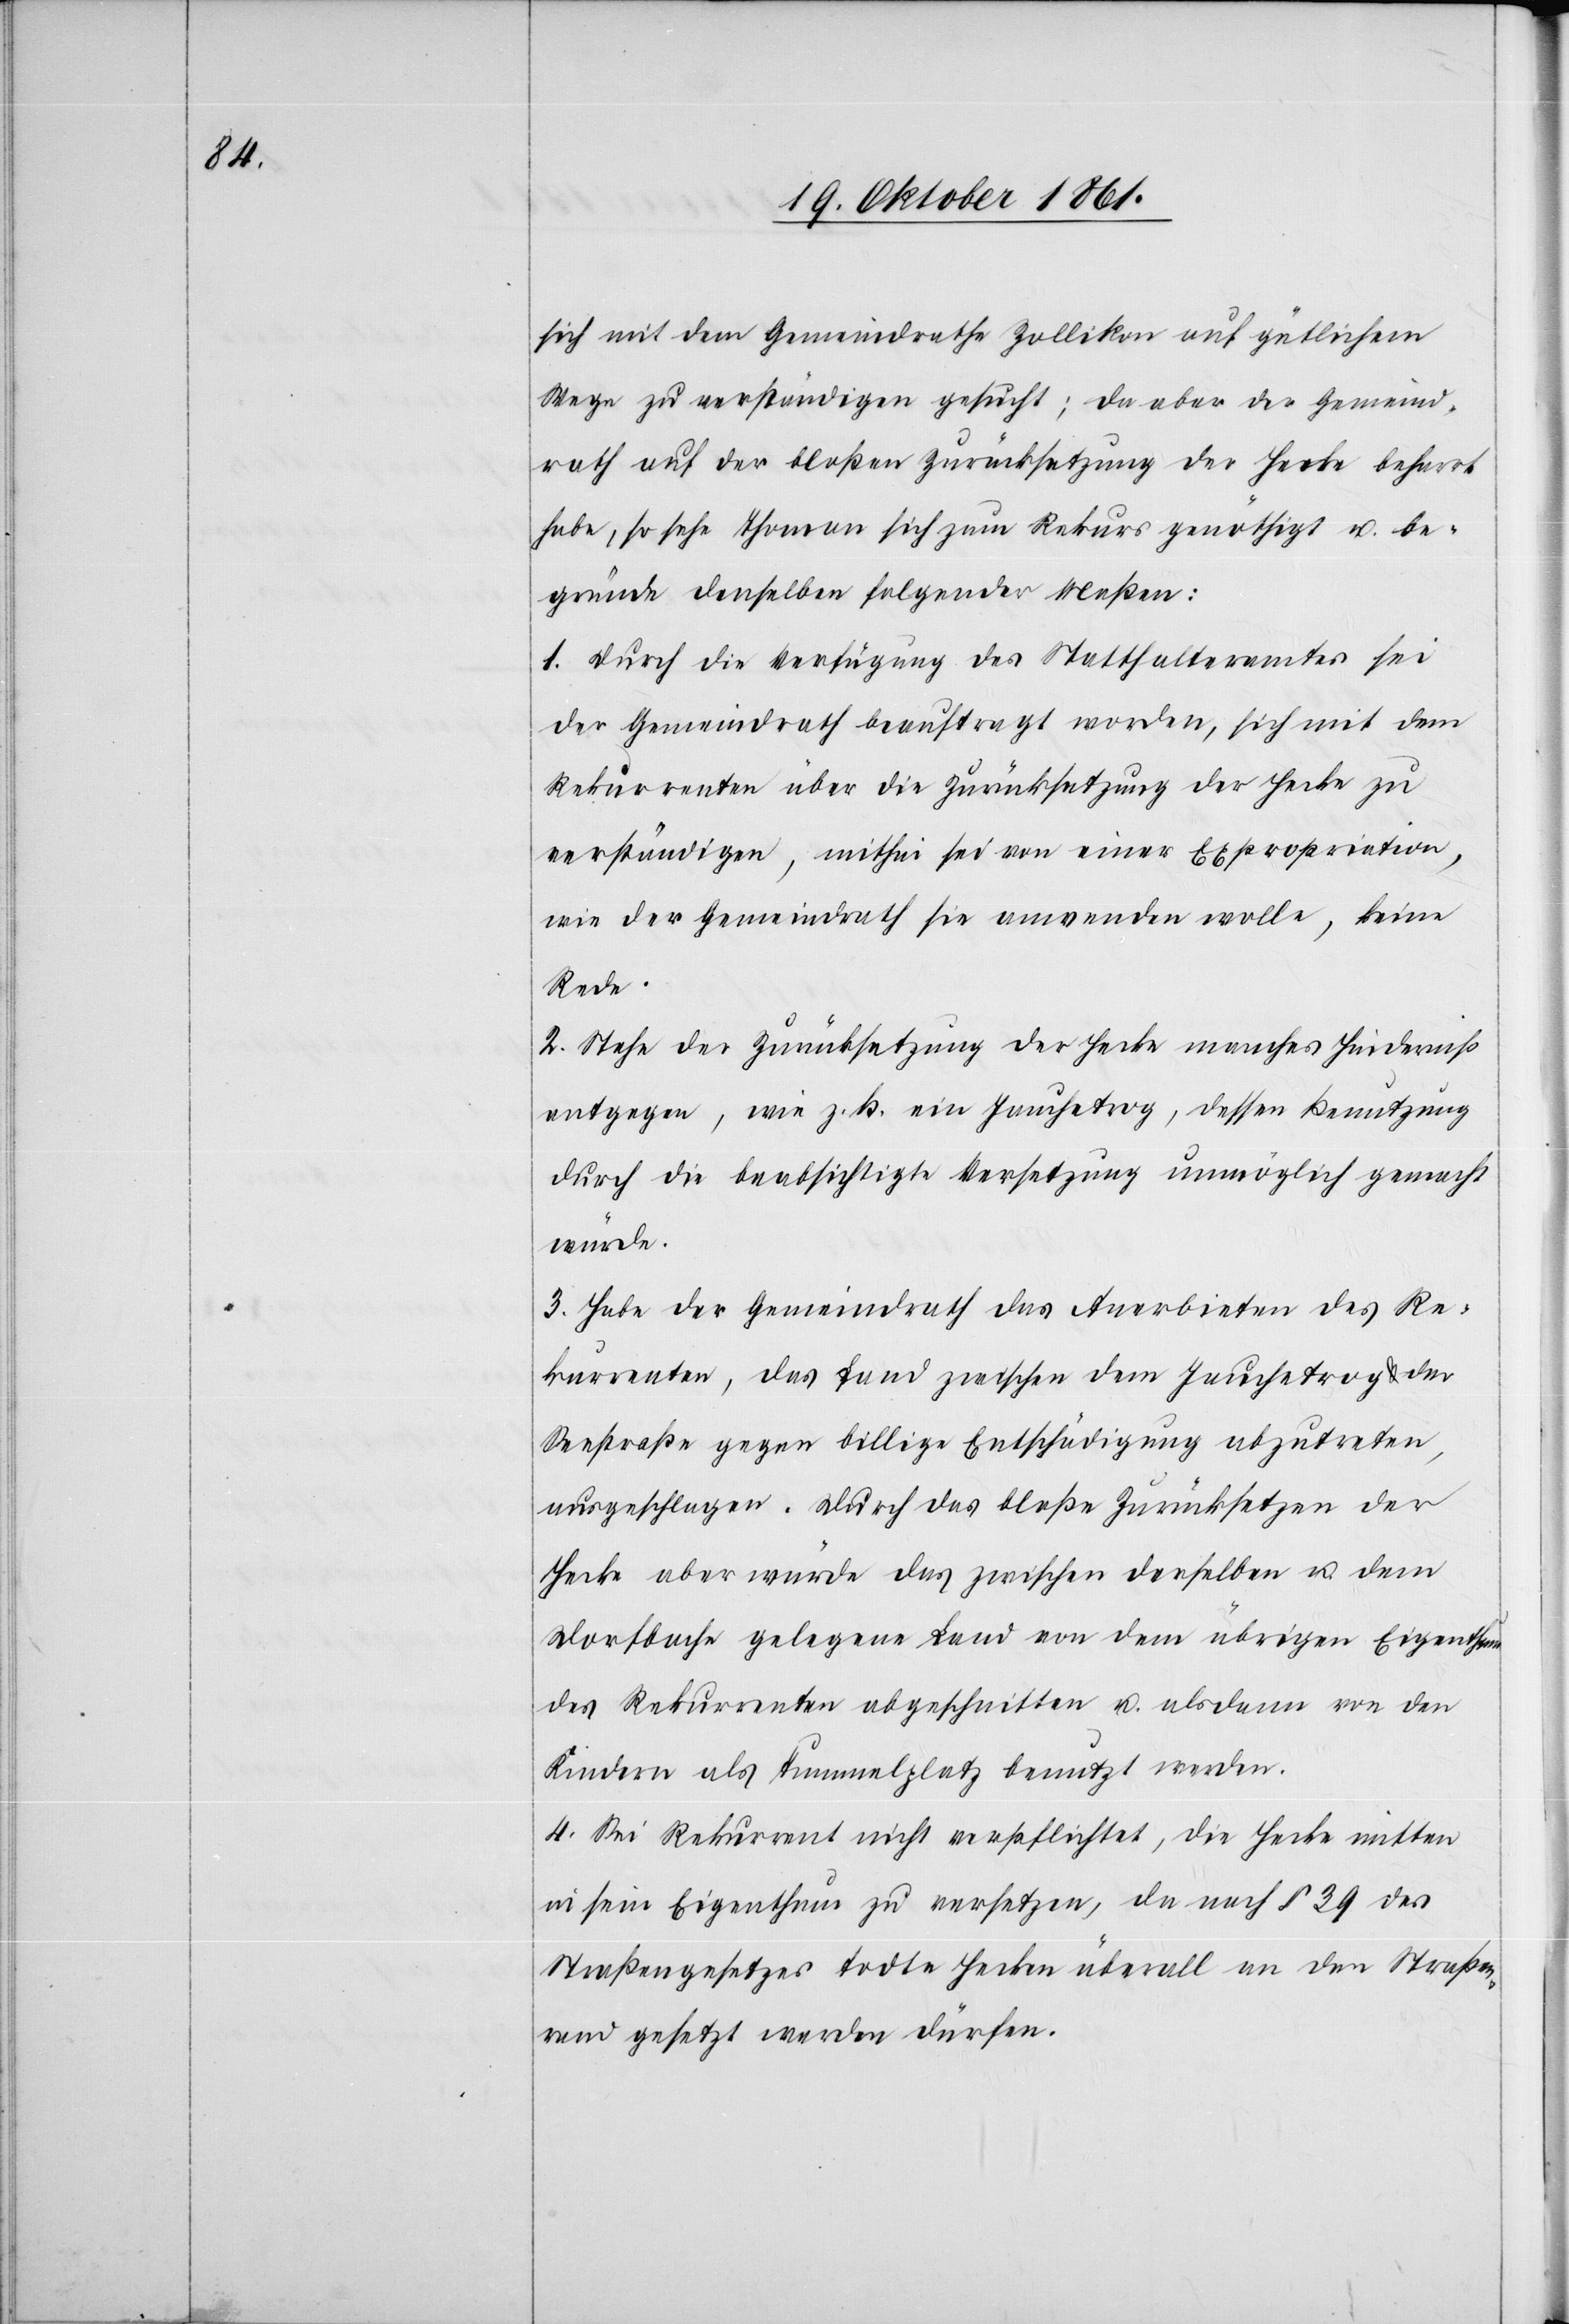
sich mit dem Gemeindrathe Zollikon auf gütlichem
Wege zu verständigen gesucht; da aber der Gemeind¬
rath auf der bloßen Zurücksetzung der Hecke beharrt
habe, so sehe Thomann sich zum Rekurs genöthigt u. be¬
gründe denselben folgender Maßen:
1. Durch die Verfügung des Statthalteramtes sei
der Gemeindrath beauftragt worden, sich mit dem
Rekurrenten über die Zurücksetzung der Hecke zu
verständigen, mithin sei von einer Expropriation,
wie der Gemeindrath sie anwenden wolle, keine
Rede.
2. Stehe der Zurücksetzung der Hecke manches Hinderniß
entgegen, wie z. B. ein Jauchetrog, dessen Benutzung
durch die beabsichtigte Versetzung unmöglich gemacht
würde.
3. Habe der Gemeindrath das Anerbieten des Re¬
kurrenten, das Land zwischen dem Jauchetrog u. der
Seestraße gegen billige Entschädigung abzutreten,
ausgeschlagen. Durch das bloße Zurücksetzen der
Hecke aber würde das zwischen derselben u. dem
Nordbache gelegene Land von dem übrigen Eigenthum
des Rekurrenten abgeschnitten u. alsdann von den
Kindern als Tummelplatz benutzt werden.
4. Sei Rekurrent nicht verpflichtet, die Hecke mitten
in sein Eigenthum zu versetzen, da nach § 39 des
Straßengesetzes todte Hecken überall an den Straßen¬
rand gesetzt werden dürfen.